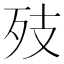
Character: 𭮂